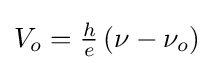
{\textstyle V_{o}={\frac {h}{e}}\left(\nu -\nu _{o}\right)}